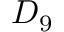
\boldsymbol { D } _ { 9 }